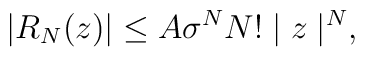
|R_N (z)| \leq  A\sigma^N N!\mid z\mid^N  ,